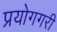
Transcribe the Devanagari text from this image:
प्रयोगगरी